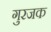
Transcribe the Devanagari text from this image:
गुरजक